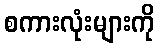
စကားလုံးများကို